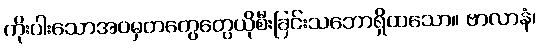
ကိုးပါးသောအဝမှတတွေတွေယိုစီးခြင်းသဘောရှိထသော။ ဗာလာနံ၊